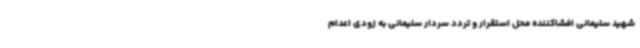
شهید سلیمانی افشاکننده محل استقرار و تردد سردار سلیمانی به زودی اعدام